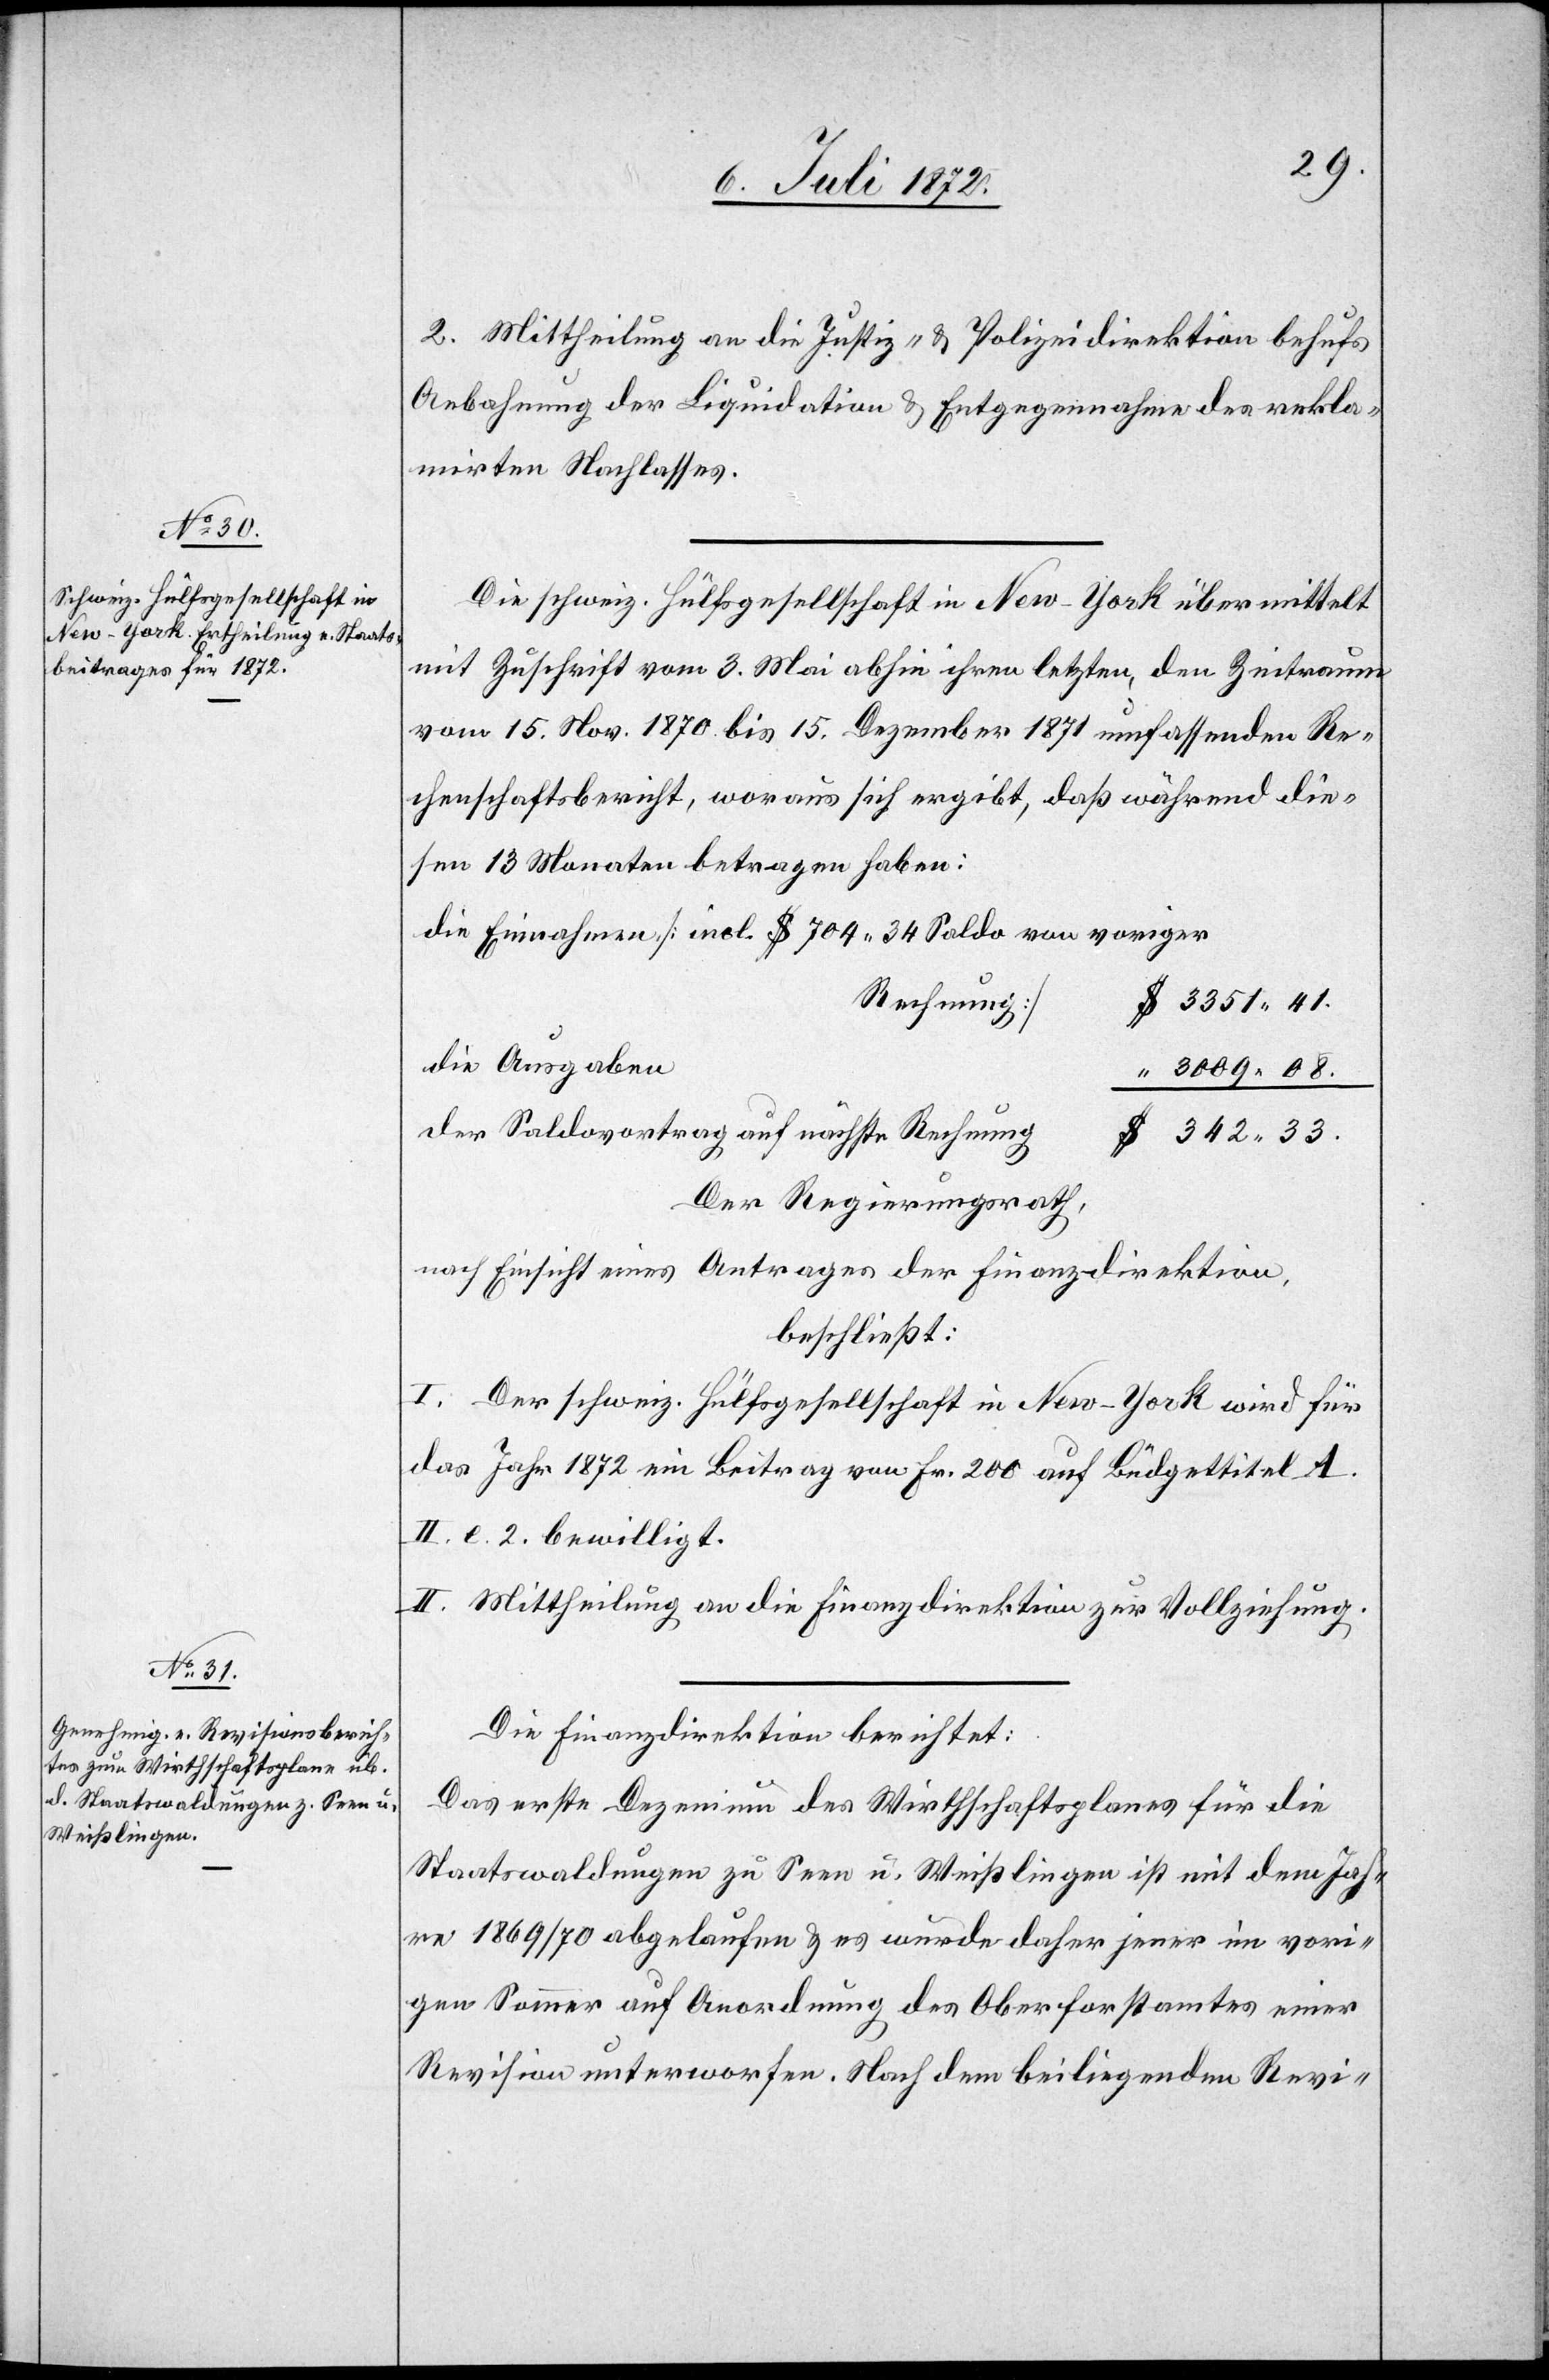
2. Mittheilung an die Justiz- u. Polizeidirektion behufs
Anbahnung der Liquidation u. Entgegennahme des rekla¬
mirten Nachlasses.
Die schweiz. Hülfsgesellschaft in New-York übermittelt
mit Zuschrift vom 3. Mai abhin ihren letzten, den Zeitraum
vom 15. Nov. 1870 bis 15. Dezember 1871 umfassenden Re¬
chenschaftsbericht, woraus sich ergibt, daß während die¬
sen 13 Monaten betragen haben:
die Einnahmen [incl. $ 704 34 Saldo von voriger
Rechnung]
3351 41.
die Ausgaben
3009 08.
der Saldovortrag auf nächste Rechnung
342 33.
Der Regierungsrath,
nach Einsicht eines Antrages der Finanzdirektion,
beschließt:
I. Der schweiz. Hülfsgesellschaft in New-York wird für
das Jahr 1872 ein Beitrag von Fr. 200 auf Büdgettitel A.
II. e. 2. bewilligt.
II. Mittheilung an die Finanzdirektion zur Vollziehung.
Die Finanzdirektion berichtet:
Das erste Dezenium des Wirthschaftsplanes für die
Staatswaldungen zu Seen u. Weißlingen ist mit dem Jah¬
re 1869/70 abgelaufen u. es wurde daher jener im vori¬
gen Sommer auf Anordnung des Oberforstamtes einer
Revision unterworfen. Nach dem beiliegenden Revi-